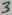
Text: 3